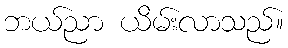
ဘယ်ညာ ယိမ်းလာသည်။